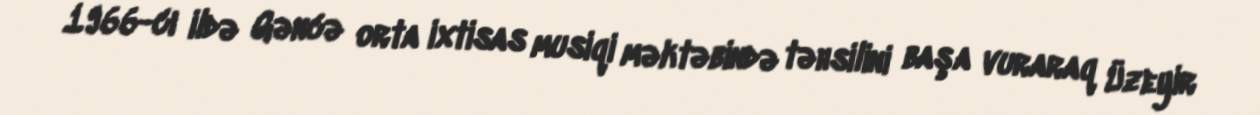
1966-cı ildə Gəncə orta ixtisas musiqi məktəbində təhsilini başa vuraraq Üzeyir